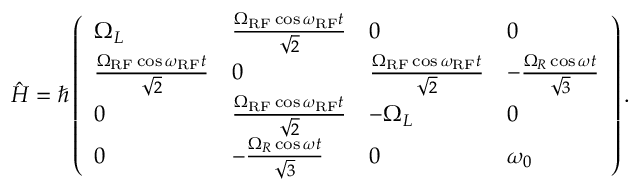
\begin{array} { r } { \hat { H } = \hbar \left( \begin{array} { l l l l } { \Omega _ { L } } & { \frac { \Omega _ { \mathrm { R F } } \cos \omega _ { \mathrm { R F } } t } { \sqrt { 2 } } } & { 0 } & { 0 } \\ { \frac { \Omega _ { \mathrm { R F } } \cos \omega _ { \mathrm { R F } } t } { \sqrt { 2 } } } & { 0 } & { \frac { \Omega _ { \mathrm { R F } } \cos \omega _ { \mathrm { R F } } t } { \sqrt { 2 } } } & { - \frac { \Omega _ { R } \cos \omega t } { \sqrt { 3 } } } \\ { 0 } & { \frac { \Omega _ { \mathrm { R F } } \cos \omega _ { \mathrm { R F } } t } { \sqrt { 2 } } } & { - \Omega _ { L } } & { 0 } \\ { 0 } & { - \frac { \Omega _ { R } \cos \omega t } { \sqrt { 3 } } } & { 0 } & { \omega _ { 0 } } \end{array} \right) . } \end{array}